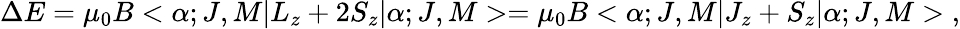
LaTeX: \Delta E=\mu_{0}B<\alpha;J,M|L_{z}+2S_{z}|\alpha;J,M>=\mu_{0}B<\alpha;J,M|J_{z}+S_{z}|\alpha;J,M>\; ,